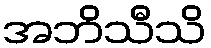
အဘိသီသိ